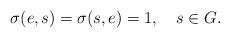
LaTeX: \begin{align*}\sigma(e,s)=\sigma(s,e)=1,\ \ \ s\in G.\end{align*}